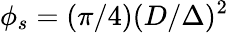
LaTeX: \phi_{s}=(\pi/4)(D/\Delta)^{2}